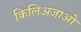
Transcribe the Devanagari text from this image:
किलिअजाओ